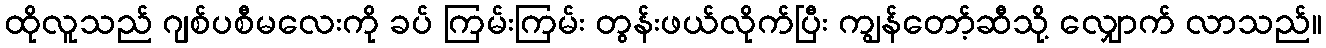
ထိုလူသည် ဂျစ်ပစီမလေးကို ခပ် ကြမ်းကြမ်း တွန်းဖယ်လိုက်ပြီး ကျွန်တော့်ဆီသို့ လျှောက် လာသည်။